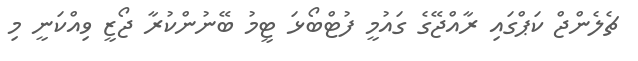
ޗެލެންޖް ކަޕްގައި ރާއްޖޭގެ ގައުމީ ފުޓްބޯޅަ ޓީމު ބޭނުންކުރާ ޖޯޒީ ވިއްކަނީ މި